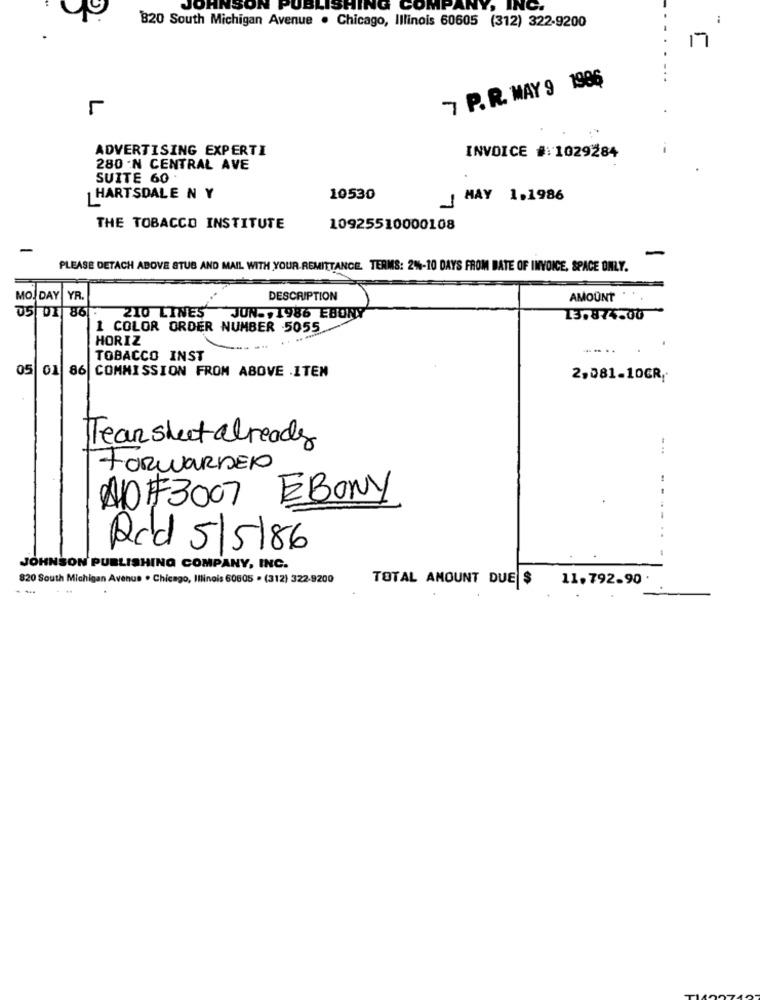
JOHNSON PUB
HING COMPANY, INC.
B20 South Michigan Avenue . Chicago, Illinois 60605 (312) 322-9200
17
7 P. R. MAY 9 1986
ADVERTISING EXPERTI
INVOICE #:1029284
280 .N CENTRAL AVE
SUITE 60 .
HARTSDALE N Y
10530
MAY 1.1986
1
THE TOBACCO INSTITUTE
10925510000108
-
-
PLEASE DETACH ABOVE STUB AND MAIL WITH YOUR-REMITTANCE. TERMS: 2%-10 DAYS FROM DATE OF INVOICE, SPACE ONLY.
MO. DAY
YR.
DESCRIPTION
AMOUNT
05/ 07
86
210 LINES JUN ., 1986 EBONY
13,874.00
1 COLOR ORDER NUMBER 5055
HORIZ
TOBACCO INST
05
01 86 COMMISSION FROM ABOVE .ITEN
2,081-10GR/
Tear sheet already
FORWARDED
NO#3007 EBONY
--
..
Rcd 5/5/86
JOHNSON PUBLISHING COMPANY, INC.
820 South Michigan Avenue . Chicago, Illinois 60605 . (312) 322-9200
TOTAL AMOUNT DUE $
11.792.90 .